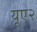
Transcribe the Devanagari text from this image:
यूए२